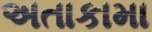
અતાકામા